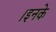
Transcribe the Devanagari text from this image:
।इनके